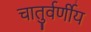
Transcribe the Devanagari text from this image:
चातुर्वर्णीय